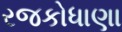
રજકોધાણા